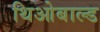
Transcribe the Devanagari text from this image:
थिओबाल्ड